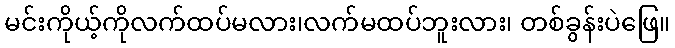
မင်းကိုယ့်ကိုလက်ထပ်မလား၊လက်မထပ်ဘူးလား၊ တစ်ခွန်းပဲဖြေ။